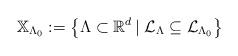
LaTeX: \begin{align*} \mathbb{X }_{\Lambda _0}:= \left\lbrace \Lambda \subset \mathbb{R}^d \, \vert \; \mathcal{L}_{\Lambda }\subseteq \mathcal{L}_{\Lambda _0} \right\rbrace \end{align*}